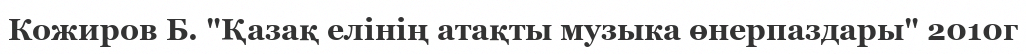
Кожиров Б. "Қазақ елінің атақты музыка өнерпаздары" 2010г